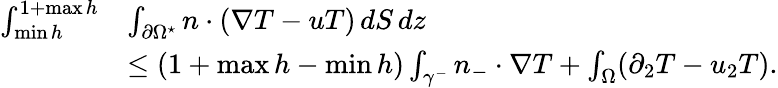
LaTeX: \begin{array}{rl}{\int_{\operatorname*{min}h}^{1+\operatorname*{max}h}}&{\int_{\partial\Omega^{\star}}n\cdot(\nabla T-uT)\, dS\, dz}\\ &{\leq(1+\operatorname*{max}h-\operatorname*{min}h)\int_{\gamma^{-}}n_{-}\cdot\nabla T+\int_{\Omega}(\partial_{2}T-u_{2}T).}\end{array}